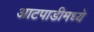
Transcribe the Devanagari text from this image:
आटपाडीमध्ये